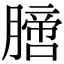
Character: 膪